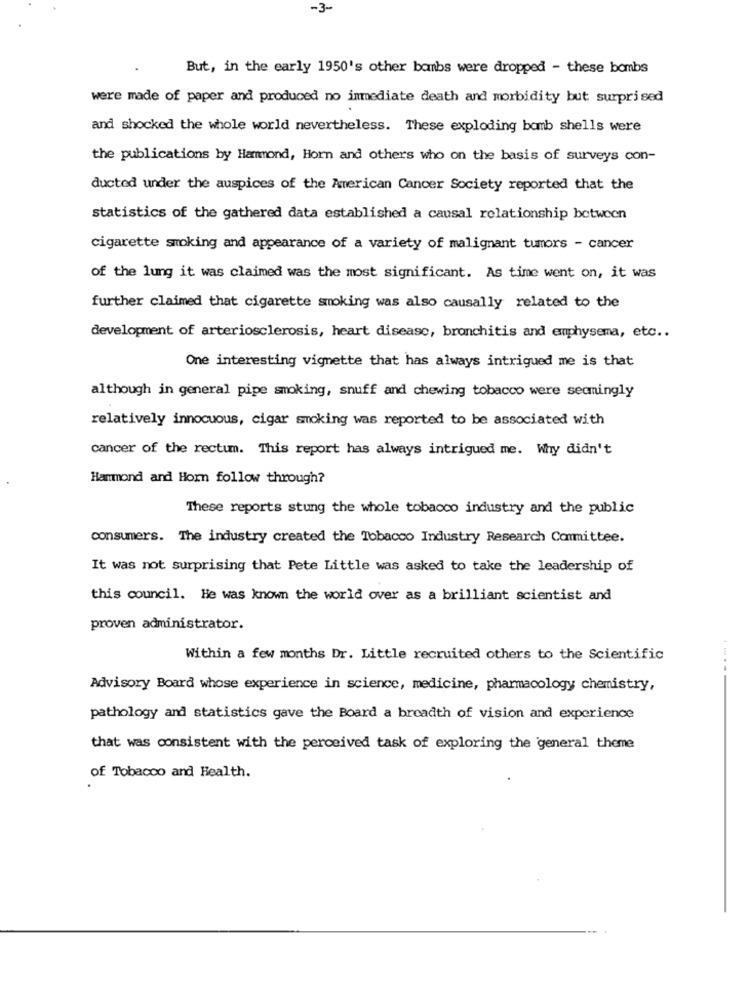
-3-
But, in the early 1950's other bombs were dropped - these bombs
were made of paper and produced no immediate death and morbidity but surprised
and shocked the whole world nevertheless. These exploding bomb shells were
the publications by Hammond, Horn and others who on the basis of surveys con-
ducted under the auspices of the American Cancer Society reported that the
statistics of the gathered data established a causal relationship between
cigarette smoking and appearance of a variety of malignant tumors - cancer
of the lung it was claimed was the most significant. As time went on, it was
further claimed that cigarette smoking was also causally related to the
development of arteriosclerosis, heart disease, bronchitis and emphysema, etc ..
One interesting vignette that has always intrigued me is that
although in general pipe smoking, snuff and chewing tobacco were seemingly
relatively innocuous, cigar smoking was reported to be associated with
cancer of the rectum. This report has always intrigued me. Why didn't
Hammond and Horn follow through?
These reports stung the whole tobacco industry and the public
consumers. The industry created the Tobacco Industry Research Committee.
It was not surprising that Pete Little was asked to take the leadership of
this council. He was known the world over as a brilliant scientist and
proven administrator.
Within a few months Dr. Little recruited others to the Scientific
Advisory Board whose experience in science, medicine, pharmacology chemistry,
pathology and statistics gave the Board a breadth of vision and experience
that was consistent with the perceived task of exploring the general theme
of Tobacco and Health.